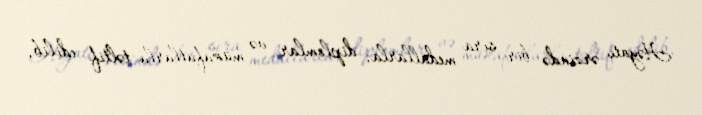
Həyatı ərzində bir sıra medallarla, diplomlar və mükafatlarla təltif edilib,